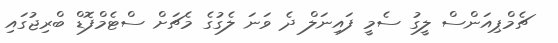
ޗެމްޕިއަންސް ލީގު ސެމީ ފައިނަލް ދެ ވަނަ ލެގުގެ މެޗަށް ސްޓެމްފޮޑް ބްރިޖުގައި